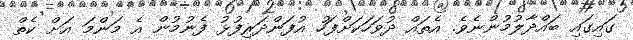
ގައިގައި ބައްދާލުމުންނެވެ. އެތައް ދުވަހަކަށްފަހު އުފަންދަރިފުޅު ފެނުމުން އެ މަންމަ އަށް ކެތް